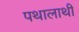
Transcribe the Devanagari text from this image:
पथालाथी